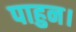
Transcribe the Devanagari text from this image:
पाहुन।